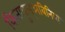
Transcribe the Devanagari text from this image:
किताबुल्अबिनिया